Vaccination North-Western Provinces and Oudh 1896-1901 - 1896-1901
Year: 1896
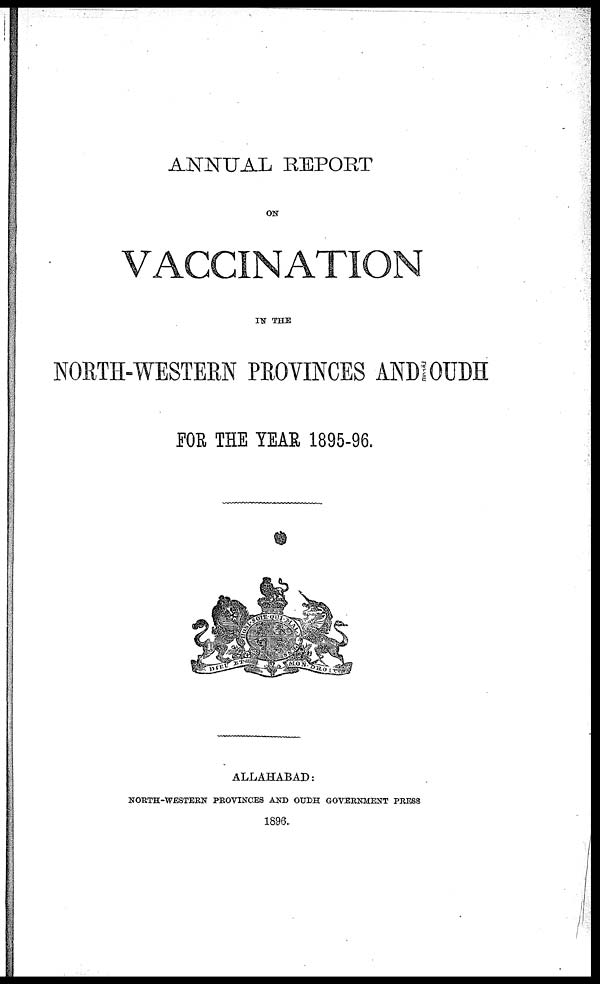
ANNUAL REPORT
ON
VACCINATION
IN THE
NORTH-WESTERN PROVINCES AND OUDH
FOR THE YEAR 1895-96.
ALLAHABAD:
NORTH-WESTERN PROVINCES AND OUDH GOVERNMENT PRESS
1896.